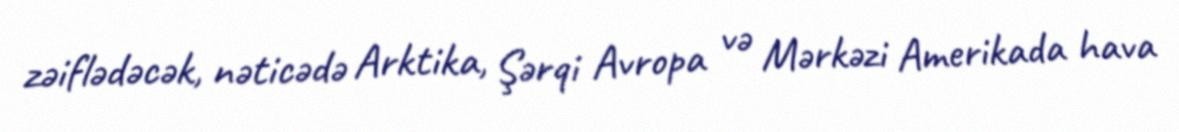
zəiflədəcək, nəticədə Arktika, Şərqi Avropa və Mərkəzi Amerikada hava